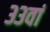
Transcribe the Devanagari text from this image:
३३वां